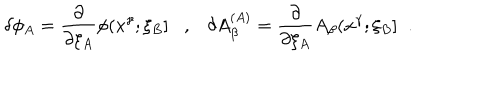
LaTeX: \delta \phi _ { A } = \frac { \partial } { \partial \xi _ { A } } \phi ( x ^ { \gamma } ; \xi _ { B } ] , \delta A _ { \beta } ^ { ( A ) } = \frac { \partial } { \partial \xi _ { A } } A _ { \beta } ( x ^ { \gamma } ; \xi _ { B } ] \; \; .